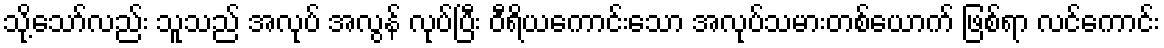
သို့သော်လည်း သူသည် အလုပ် အလွန် လုပ်ပြီး ဝီရိယကောင်းသော အလုပ်သမားတစ်ယောက် ဖြစ်ရာ လင်ကောင်း